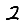
Digit: 2